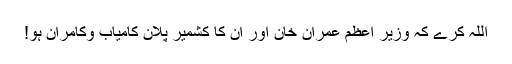
اللہ کرے کہ وزیر اعظم عمران خان اور ان کا کشمیر پلان کامیاب وکامران ہو!